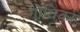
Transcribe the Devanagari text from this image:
गोधिका